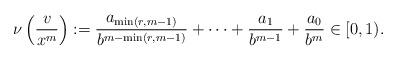
LaTeX: \begin{align*}\nu\left(\frac{v}{x^m}\right):= \frac{a_{\min(r,m-1)}}{b^{m-\min(r,m-1)}}+\cdots+\frac{a_1}{b^{m-1}}+\frac{a_0}{b^m} \in [0,1).\end{align*}